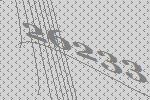
26233